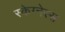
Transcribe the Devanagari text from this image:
स्केग्नेस्स